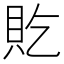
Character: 𫎐